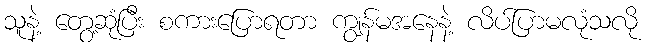
သူနဲ့ တွေ့ဆုံပြီး စကားပြောရတာ ကျွန်မအနေနဲ့ လိပ်ပြာမလုံသလို